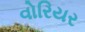
વોરિયર